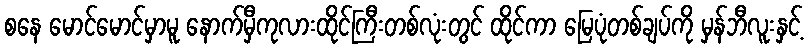
စနေ မောင်မောင်မှာမူ နောက်မှီကုလားထိုင်ကြီးတစ်လုံးတွင် ထိုင်ကာ မြေပုံတစ်ချပ်ကို မှန်ဘီလူးနှင့်